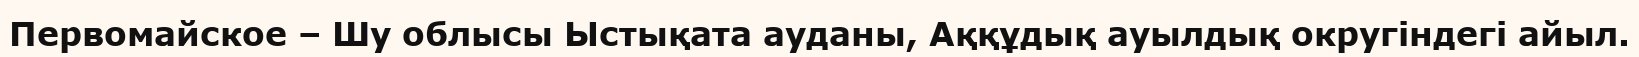
Первомайское – Шу облысы Ыстықата ауданы, Аққұдық ауылдық округіндегі айыл.